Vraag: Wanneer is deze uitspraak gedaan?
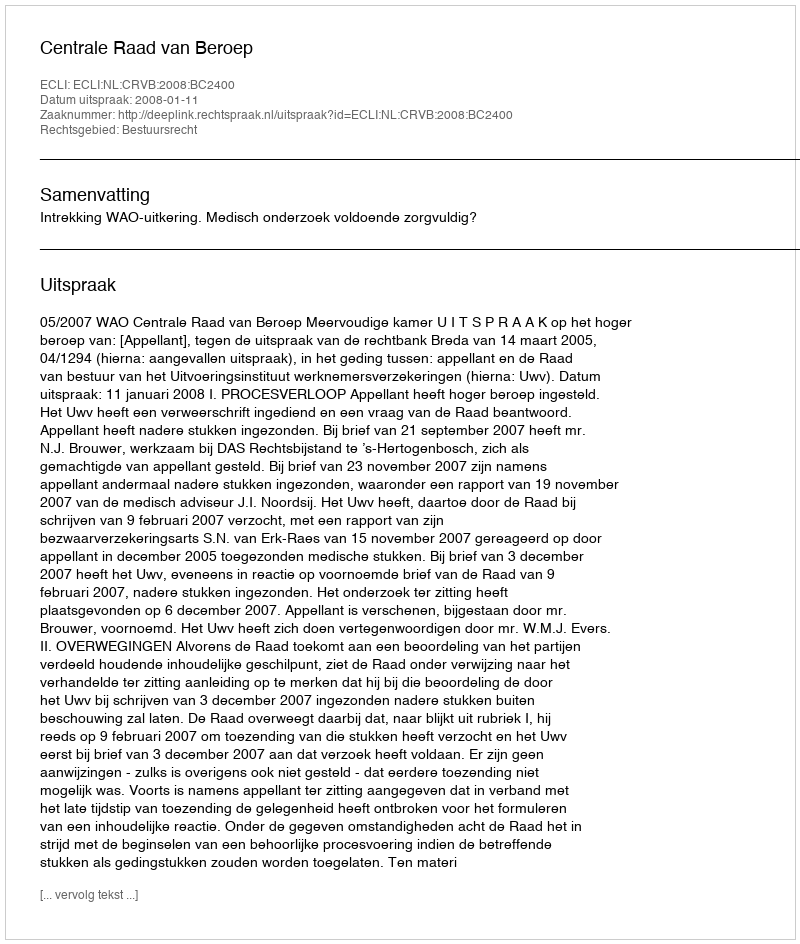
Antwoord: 2008-01-11